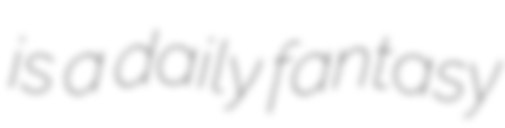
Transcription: is a daily fantasy